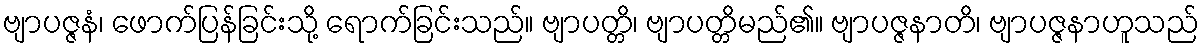
ဗျာပဇ္ဇနံ၊ ဖောက်ပြန်ခြင်းသို့ ရောက်ခြင်းသည်။ ဗျာပတ္တိ၊ ဗျာပတ္တိမည်၏။ ဗျာပဇ္ဇနာတိ၊ ဗျာပဇ္ဇနာဟူသည်